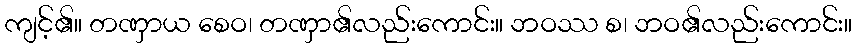
ကျင့်၏။ တဏှာယ စေဝ၊ တဏှာ၏လည်းကောင်း။ ဘဝဿ စ၊ ဘဝ၏လည်းကောင်း။